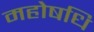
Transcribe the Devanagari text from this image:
महोषधि